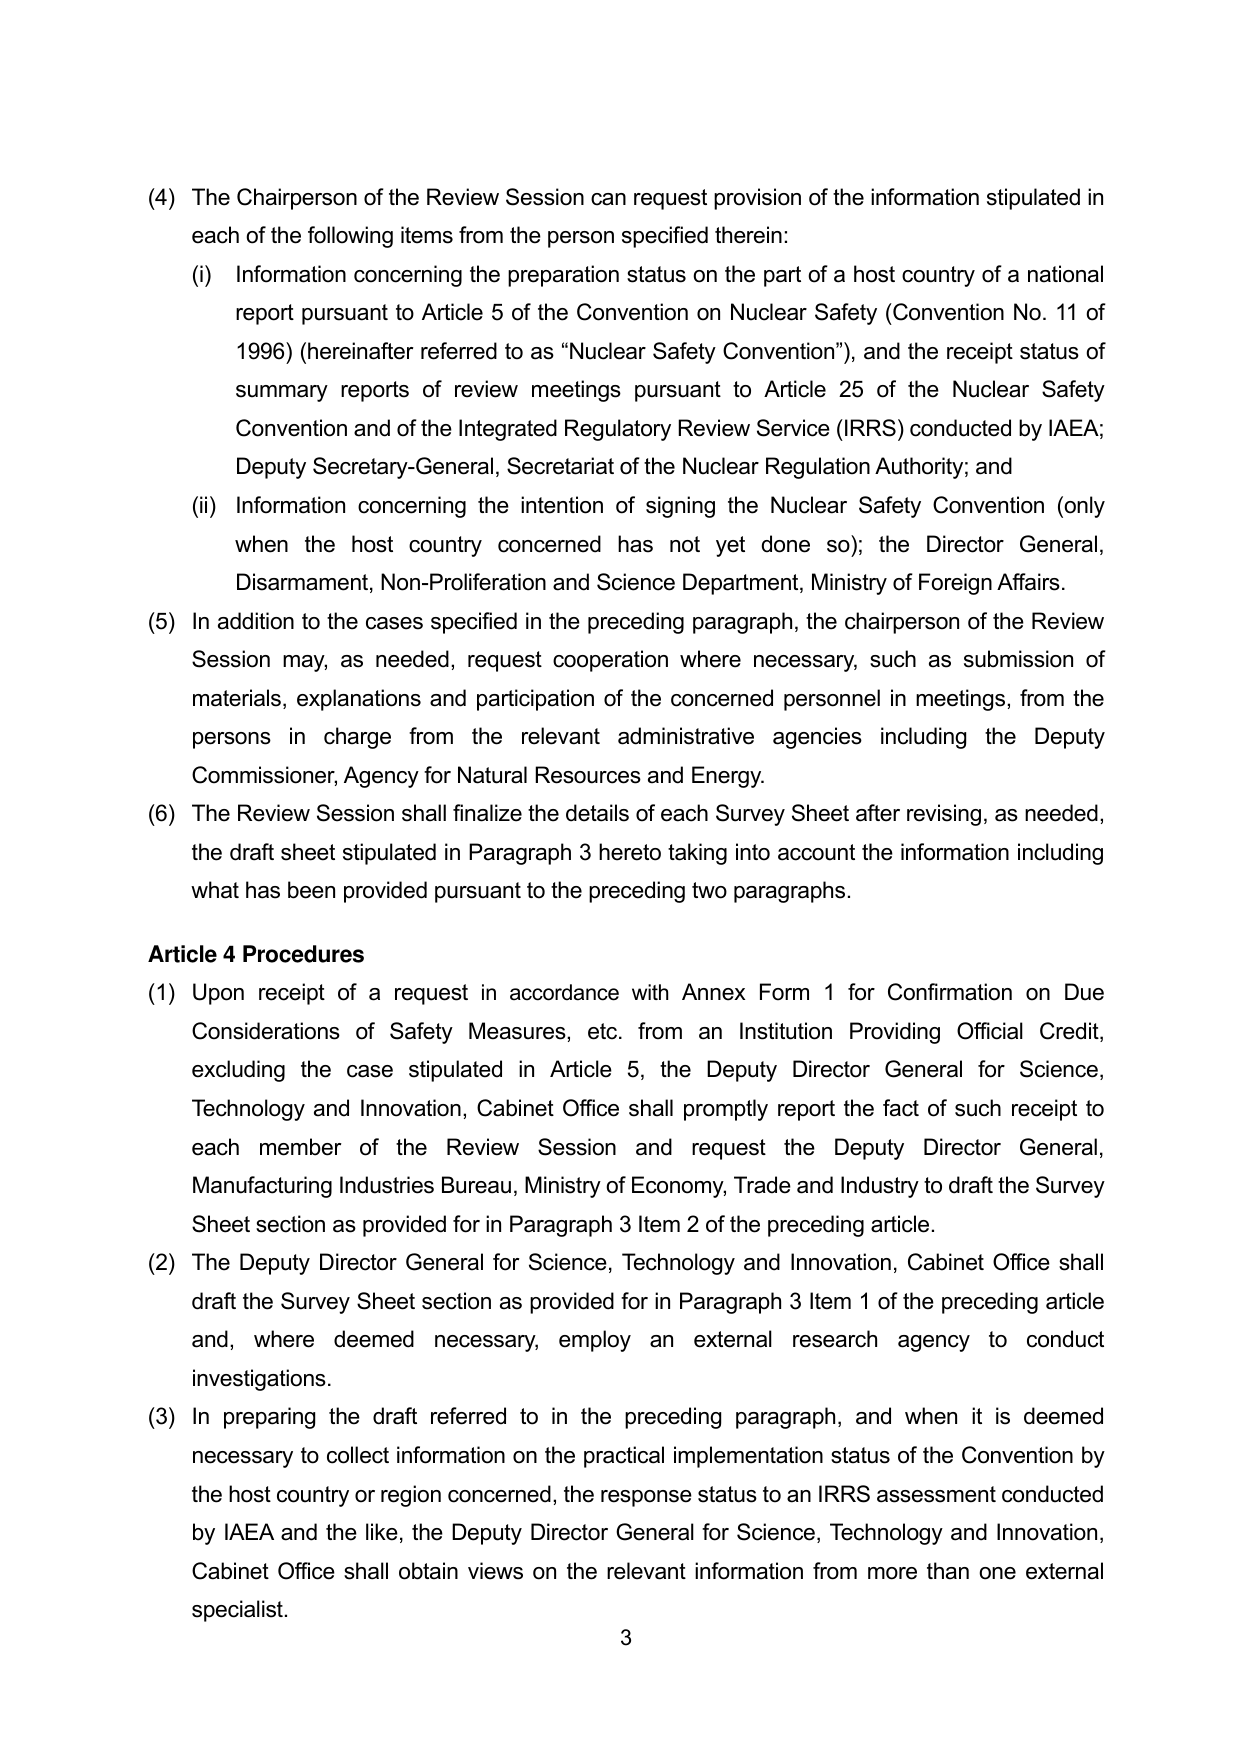
(4) The Chairperson of the Review Session can request provision of the information stipulated in each of the following items from the person specified therein:

(i) Information concerning the preparation status on the part of a host country of a national report pursuant to Article 5 of the Convention on Nuclear Safety (Convention No. 11 of 1996) (hereinafter referred to as “Nuclear Safety Convention”), and the receipt status of summary reports of review meetings pursuant to Article 25 of the Nuclear Safety Convention and of the Integrated Regulatory Review Service (IRRS) conducted by IAEA; Deputy Secretary-General, Secretariat of the Nuclear Regulation Authority; and

(ii) Information concerning the intention of signing the Nuclear Safety Convention (only when the host country concerned has not yet done so); the Director General, Disarmament, Non-Proliferation and Science Department, Ministry of Foreign Affairs.

(5) In addition to the cases specified in the preceding paragraph, the chairperson of the Review Session may, as needed, request cooperation where necessary, such as submission of materials, explanations and participation of the concerned personnel in meetings, from the persons in charge from the relevant administrative agencies including the Deputy Commissioner, Agency for Natural Resources and Energy.

(6) The Review Session shall finalize the details of each Survey Sheet after revising, as needed, the draft sheet stipulated in Paragraph 3 hereto taking into account the information including what has been provided pursuant to the preceding two paragraphs.

Article 4 Procedures

(1) Upon receipt of a request in accordance with Annex Form 1 for Confirmation on Due Considerations of Safety Measures, etc. from an Institution Providing Official Credit, excluding the case stipulated in Article 5, the Deputy Director General for Science, Technology and Innovation, Cabinet Office shall promptly report the fact of such receipt to each member of the Review Session and request the Deputy Director General, Manufacturing Industries Bureau, Ministry of Economy, Trade and Industry to draft the Survey Sheet section as provided for in Paragraph 3 Item 2 of the preceding article.

(2) The Deputy Director General for Science, Technology and Innovation, Cabinet Office shall draft the Survey Sheet section as provided for in Paragraph 3 Item 1 of the preceding article and, where deemed necessary, employ an external research agency to conduct investigations.

(3) In preparing the draft referred to in the preceding paragraph, and when it is deemed necessary to collect information on the practical implementation status of the Convention by the host country or region concerned, the response status to an IRRS assessment conducted by IAEA and the like, the Deputy Director General for Science, Technology and Innovation, Cabinet Office shall obtain views on the relevant information from more than one external specialist.

3